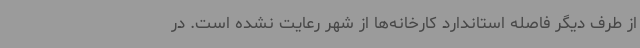
از طرف دیگر فاصله‌ استاندارد کارخانه‌ها از شهر رعایت نشده است. در